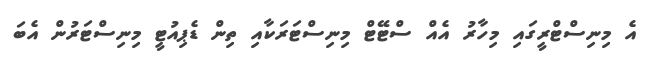
އެ މިނިސްޓްރީގައި މިހާރު އެއް ސްޓޭޓް މިނިސްޓަރަކާއި ތިން ޑެޕިއުޓީ މިނިސްޓަރުން އެބަ